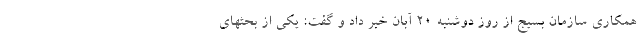
همکاری سازمان بسیج از روز دوشنبه ۲۰ آبان خبر داد و گفت: یکی از بحثهای